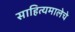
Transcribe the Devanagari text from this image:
साहित्यमालेचे